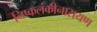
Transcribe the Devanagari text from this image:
निष्कलंकीनारायण